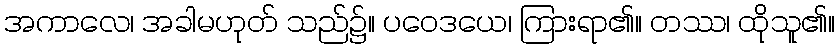
အကာလေ၊ အခါမဟုတ် သည်၌။ ပဝေဒယေ၊ ကြားရာ၏။ တဿ၊ ထိုသူ၏။